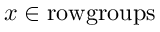
x \in { \mathrm { r o w g r o u p s } }